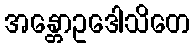
အန္တောဥဒေါသိတေ